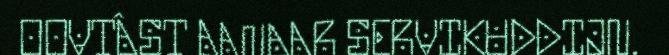
OOVTÂST AANAAR SERVIKUDDIJN.